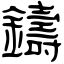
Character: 鑄